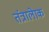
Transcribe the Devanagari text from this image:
तंत्रालेाक